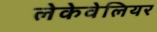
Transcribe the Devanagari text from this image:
लेकेवेलियर